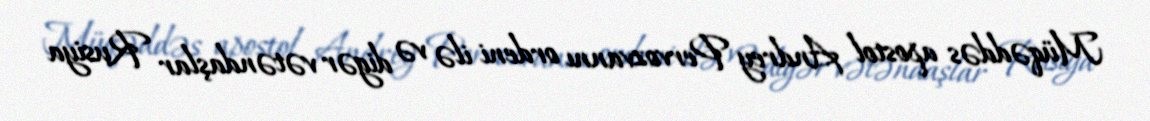
Müqəddəs apostol Andrey Pervozvannı ordeni ilə və digər vətəndaşlar Rusiya